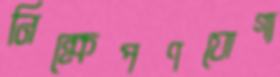
নিক্ষেপণযোগ্য